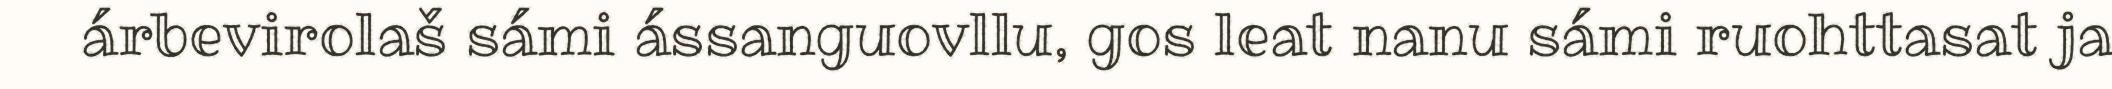
árbevirolaš sámi ássanguovllu, gos leat nanu sámi ruohttasat ja